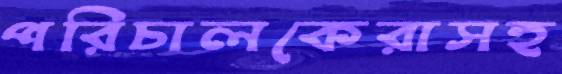
পরিচালকেরাসহ